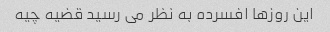
این روزها افسرده به نظر می رسید قضیه چیه